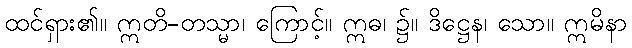
ထင်ရှား၏။ ဣတိ-တသ္မာ၊ ကြောင့်။ ဣဓ၊ ၌။ ဒိဋ္ဌေန၊ သော။ ဣမိနာ